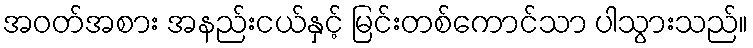
အဝတ်အစား အနည်းငယ်နှင့် မြင်းတစ်ကောင်သာ ပါသွားသည်။